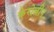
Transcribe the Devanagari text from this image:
केरोलीन